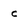
Character: c